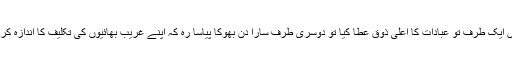
رمضان المبار ک نے ہمیں ایک طرف تو عبادات کا اعلیٰ ذوق عطا کیا تو دوسری طرف سارا دن بھوکا پیاسا رہ کہ اپنے غریب بھائیوں کی تکلیف کا اندازہ کرنے کا موقع فراہم کیا ہے۔